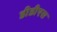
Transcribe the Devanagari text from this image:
डीडीएस